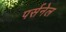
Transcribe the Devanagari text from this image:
पर्सनेल